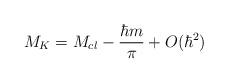
LaTeX: \begin{align*}M_{K}=M_{cl}-\frac{\hbar m}{\pi }+O(\hbar ^{2})\end{align*}